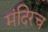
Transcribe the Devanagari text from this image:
मंदिरच